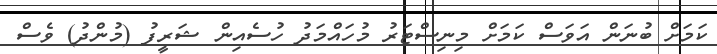
ކަމަށް ބުނަން އަވަސް ކަމަށް މިނިސްޓަރު މުހައްމަދު ހުސެއިން ޝަރީފު (މުންދު) ވެސް